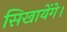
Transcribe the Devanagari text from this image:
सिखायेंगे।